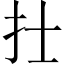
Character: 𢩿